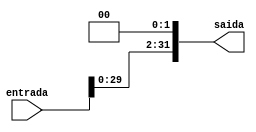
module shift_left2(entrada, saida);
	input [31:0]entrada;
	output [31:0]saida;
	assign saida = entrada << 2;
endmodule